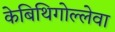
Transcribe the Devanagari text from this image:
केबिथिगोल्लेवा